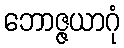
ဘောဇ္ဇယာဂုံ